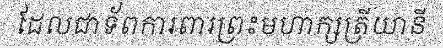
ដែលជាទ័ពការពារព្រះមហាក្សត្រីយានី